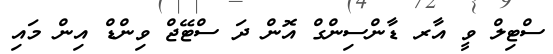
ސްޓިލް ވީ އާރ ޑާންސިންގް އޮން ދަ ސްޓޭޖް ވިންޑް އިން މައި